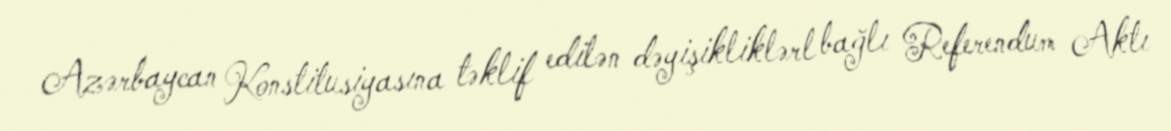
Azərbaycan Konstitusiyasına təklif edilən dəyişikliklərl bağlı Referendum Aktı